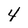
Character: 4